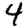
Digit: 4